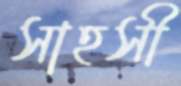
সাহসী